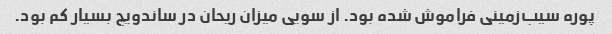
پوره سیب‌زمینی فراموش شده بود. از سویی میزان ریحان در ساندویچ بسیار کم بود.